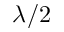
\lambda / 2